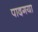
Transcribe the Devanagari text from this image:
पादगया